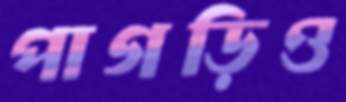
পাগড়িও